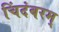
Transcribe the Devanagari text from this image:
चिंदंबरम्